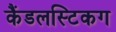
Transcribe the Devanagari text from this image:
कैंडलस्टिकग